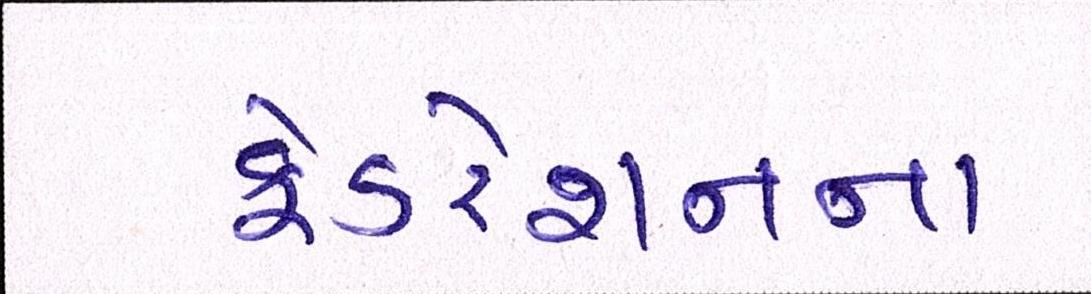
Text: ફેડરેશનના